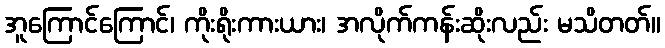
အူကြောင်ကြောင်၊ ကိုးရိုးကားယား၊ အလိုက်ကန်းဆိုးလည်း မသိတတ်။